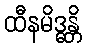
ထီနမိဒ္ဓန္တိ